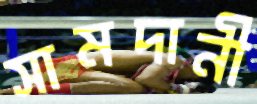
সামদানী